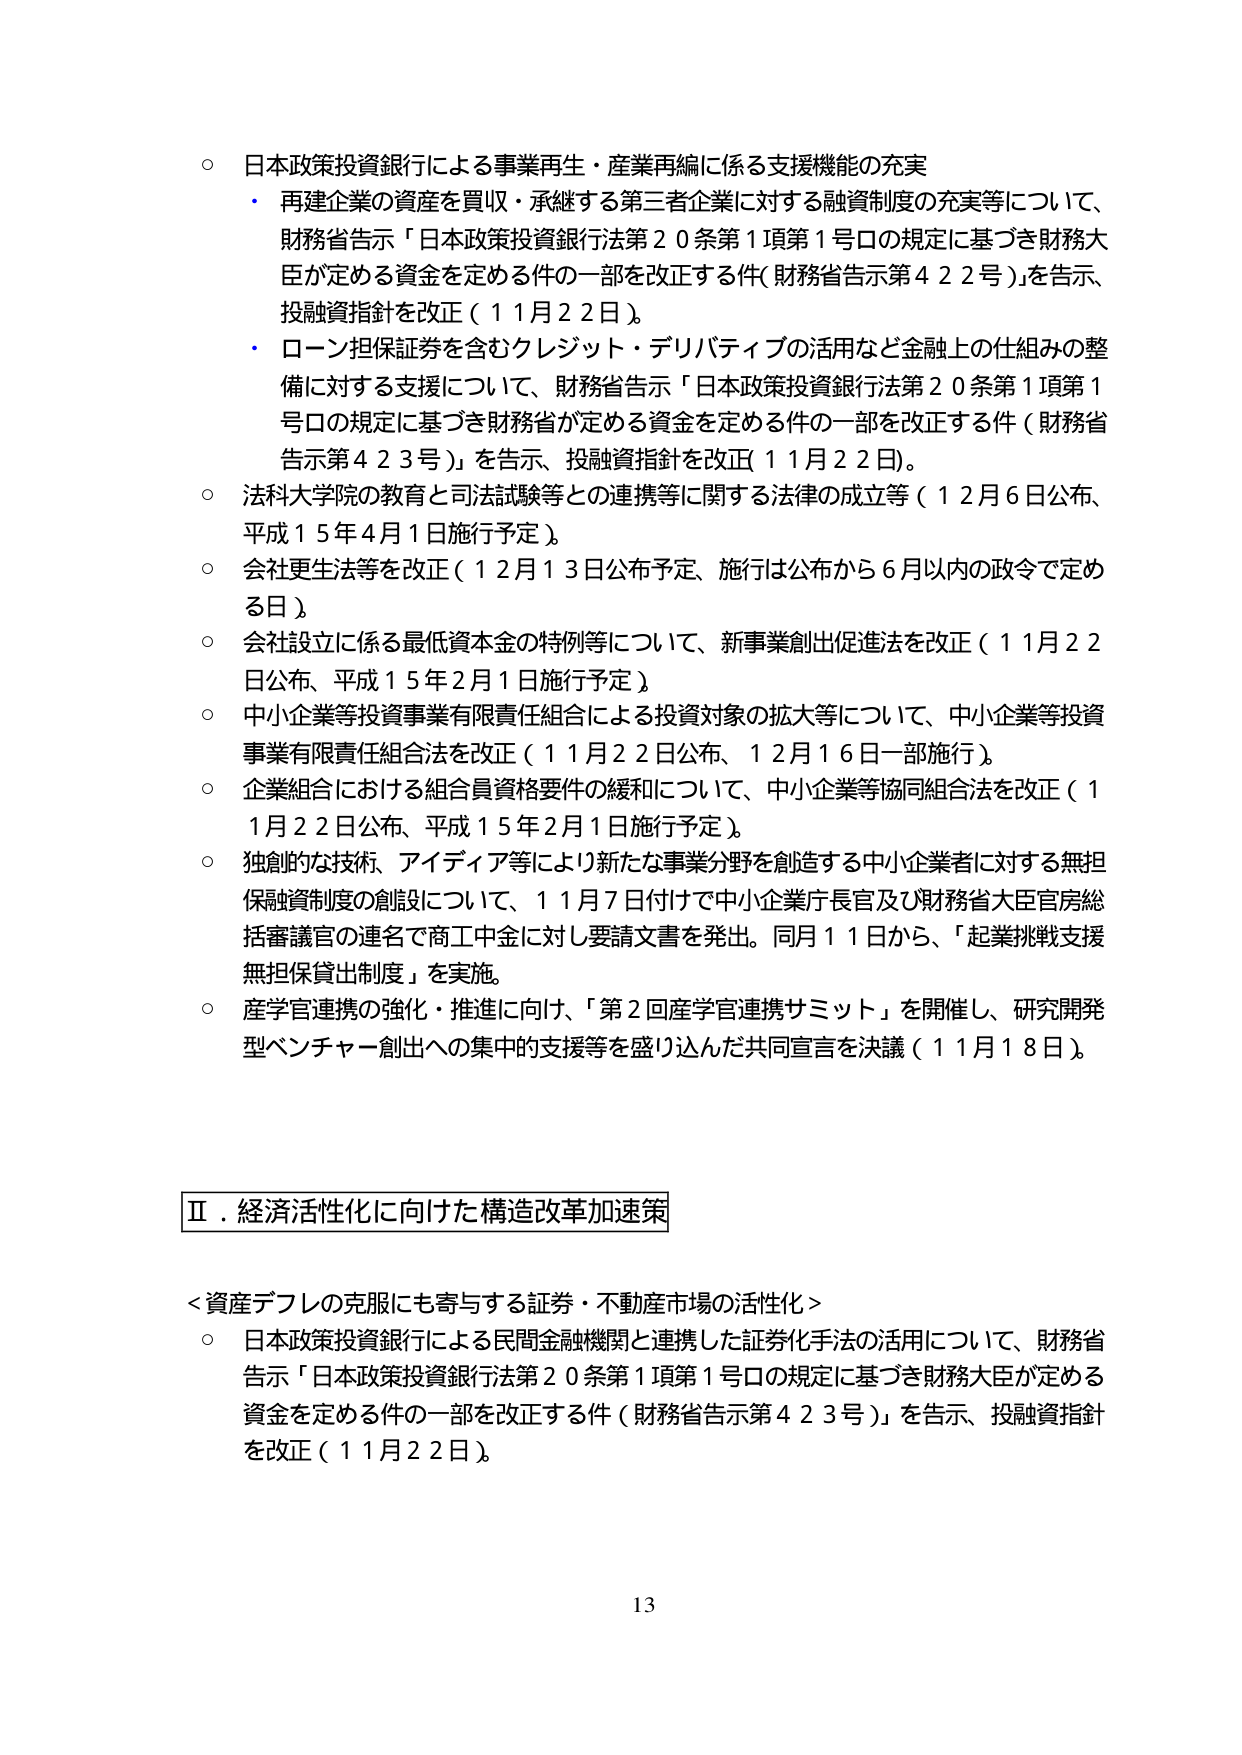
○ 日本政策投資銀行による事業再生・産業再編に係る支援機能の充実
・ 再建企業の資産を買収・承継する第三者企業に対する融資制度の充実等について、財務省告示「日本政策投資銀行法第20条第1項第1号ロの規定に基づき財務大臣が定める資金を定める件の一部を改正する件（財務省告示第422号）」を告示、投融資指針を改正（11月22日）。
・ ローン担保証券を含むクレジット・デリバティブの活用など金融上の仕組みの整備に対する支援について、財務省告示「日本政策投資銀行法第20条第1項第1号ロの規定に基づき財務省が定める資金を定める件の一部を改正する件（財務省告示第423号）」を告示、投融資指針を改正（11月22日）。
○ 法科大学院の教育と司法試験等との連携等に関する法律の成立等（12月6日公布、平成15年4月1日施行予定）。
○ 会社更生法等を改正（12月13日公布予定、施行は公布から6月以内の政令で定める日）。
○ 会社設立に係る最低資本金の特例等について、新事業創出促進法を改正（11月22日公布、平成15年2月1日施行予定）。
○ 中小企業等投資事業有限責任組合による投資対象の拡大等について、中小企業等投資事業有限責任組合法を改正（11月22日公布、12月16日一部施行）。
○ 企業組合における組合員資格要件の緩和について、中小企業等協同組合法を改正（11月22日公布、平成15年2月1日施行予定）。
○ 独創的な技術、アイディア等により新たな事業分野を創造する中小企業者に対する無担保融資制度の創設について、11月7日付けで中小企業庁長官及び財務省大臣官房総括審議官の連名で商工中金に対し要請文書を発出。同月11日から、「起業挑戦支援無担保貸出制度」を実施。
○ 産学官連携の強化・推進に向け、「第2回産学官連携サミット」を開催し、研究開発型ベンチャー創出への集中的支援等を盛り込んだ共同宣言を決議（11月18日）。

Ⅱ．経済活性化に向けた構造改革加速策

＜資産デフレの克服にも寄与する証券・不動産市場の活性化＞
○ 日本政策投資銀行による民間金融機関と連携した証券化手法の活用について、財務省告示「日本政策投資銀行法第20条第1項第1号ロの規定に基づき財務大臣が定める資金を定める件の一部を改正する件（財務省告示第423号）」を告示、投融資指針を改正（11月22日）。

13